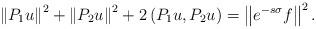
LaTeX: \begin{align*}\left\|P_1 u\right\|^2+\left\|P_2 u\right\|^2+2\left(P_1 u, P_2 u\right)=\left\|e^{-s \sigma} f\right\|^2.\end{align*}